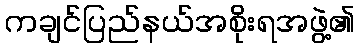
ကချင်ပြည်နယ်အစိုးရအဖွဲ့၏